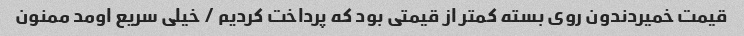
قیمت خمیردندون روی بسته کمتر از قیمتی بود که پرداخت کردیم / خیلی سریع اومد ممنون